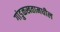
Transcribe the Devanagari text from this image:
गांडुळखतामधील